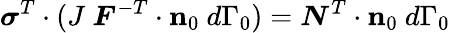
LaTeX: {\boldsymbol{\sigma}}^{T}\cdot(J~{\boldsymbol{F}}^{-T}\cdot\mathbf{n}_{0}~d\Gamma_{0})={\boldsymbol{N}}^{T}\cdot\mathbf{n}_{0}~d\Gamma_{0}